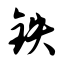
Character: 铁